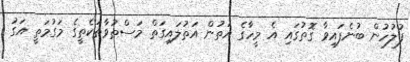
ފުލުހުން ބުނެފައިވާ ގޮތުގައި އެ މީހާގެ އަތުން އަތުލައިގަތް މަސްތުވާތަކެތީގެ މަގުމަތީ އަގު